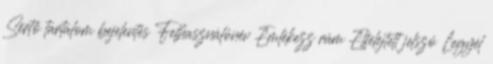
Sértő tartalom bejelentés Felhasználónév Emlékezz rám Elfelejtett jelszó Legyél